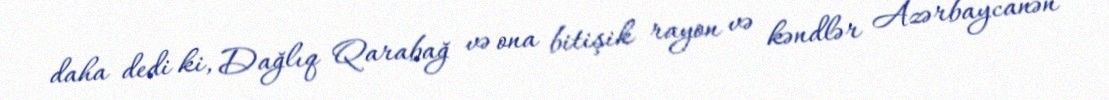
daha dedi ki, Dağlıq Qarabağ və ona bitişik rayon və kəndlər Azərbaycanən